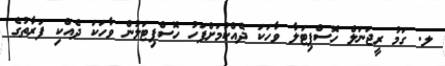
ލ. ގަމު ރީޖަނަލް ހޮސްޕިޓަލާ ވާހަކަ ދެއްކުމަށްފަހު ހޮސްޕިޓަލުން ވާހަކަ ދެއްކި ފަރާތުގެ